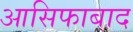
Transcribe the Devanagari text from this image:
आसिफाबाद